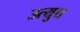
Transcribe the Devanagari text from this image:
उत्युच्च